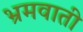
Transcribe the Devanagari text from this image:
भ्रमवाती